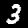
Label: 3